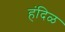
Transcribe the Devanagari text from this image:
हंदिळ